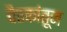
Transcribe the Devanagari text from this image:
बैठकांतून